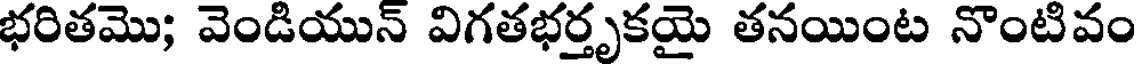
భరితమొ; వెండియున్ విగతభర్తృకయై తనయింట నొంటివం